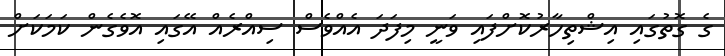
ގެ ގޮތުގައި އިޝްތިހާރުކޮށްފައި ވަނީ މިފަދަ އެއްވެސް ސިއްރެއް އޭގައި އޮވެގެން ކަމަކަށް